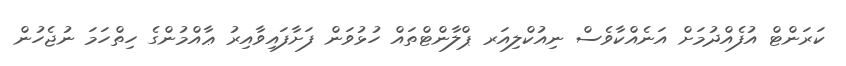
ކަރަންޓް އުފެއްދުމަށް އަނެއްކާވެސް ނިއުކްލިއަރ ޕްލާންޓްތައް ހުޅުވަން ފަށާފައިވާއިރު ޢާއްމުންގެ ހިތްހަމަ ނުޖެހުން